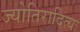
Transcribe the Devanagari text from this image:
ज्योतिरादित्यः